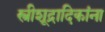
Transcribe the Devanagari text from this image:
स्त्रीशूद्रादिकांना